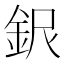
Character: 𲇉